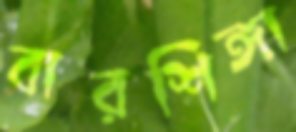
বারশিঙ্গা